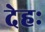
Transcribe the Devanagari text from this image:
देहः